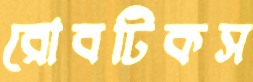
রোবটিকস